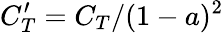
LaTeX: C_{T}^{\prime}=C_{T}/(1-a)^{2}